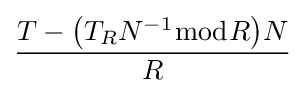
{\frac {T-{\bigl (}T_{R}N^{-1}{\bmod {R}}{\bigr )}N}{R}}